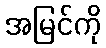
အမြင်ကို